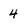
Character: 4